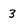
Character: 3